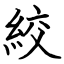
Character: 絞